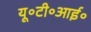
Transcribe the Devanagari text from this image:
यू॰टी॰आई॰